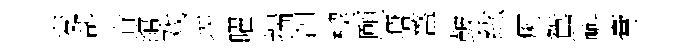
変郤眷綰戏埃曜揣泗楔願塘盩皷紘痢鴛㪺膏